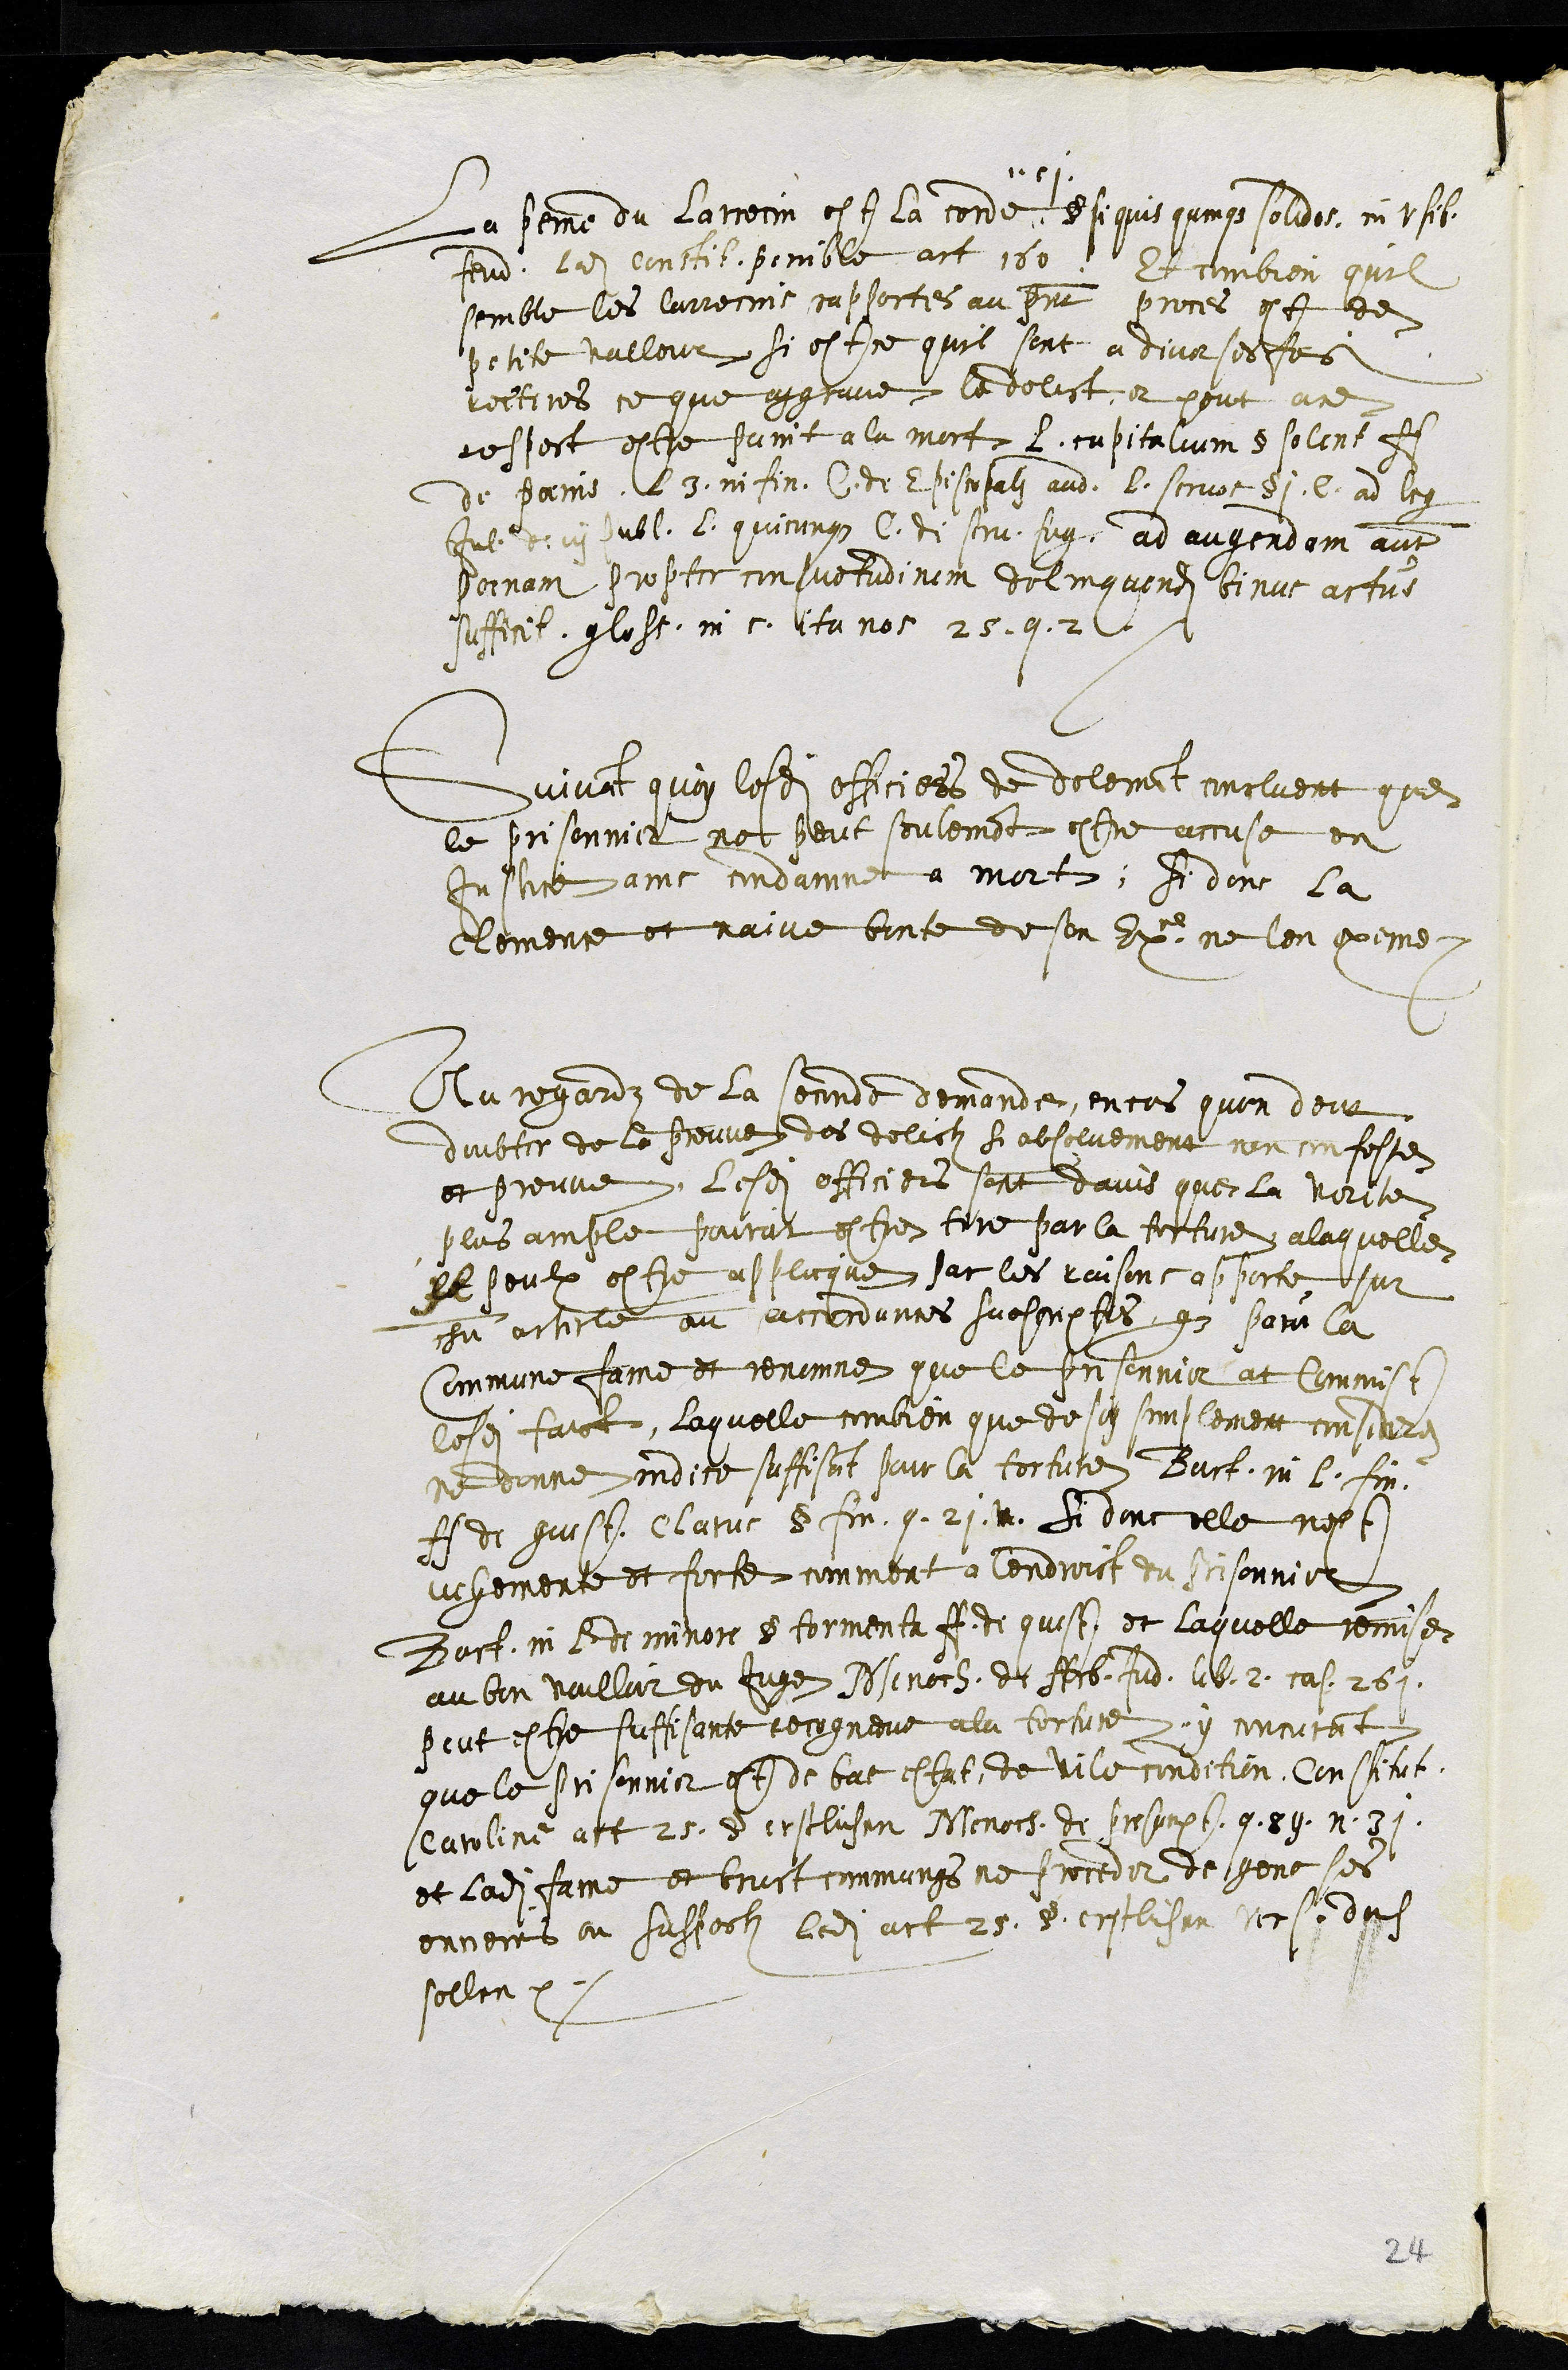
La peine de larrecin est la corde.
1. c j.
§ si quis qumque solidos in usib.
feud. Ladite Constitution penible art. 160 Et combien qu'il
semble les larrecins rapportes au present proces est de
petite vallour si est ce quil sont a diverses fois
reiteres ce que aggrave le delict, et pour a ce
respect estre punit a la mort L. capitulum § solent ff
de poenis l. 3 in fin. C. de Episcopali aud. L. servos § 1. l. ad leg
Jul. de ni publ. L. quicumque C. de secu. sug. ad augendam autem
poenam propter consuetudinem delinquend. binus articulus
sufficit. glose. in c. ita nos 25 q. 2
Suivant quoy lesdits officiers de delemont concluent que
le prisonnier ne peut seulement estre accuse en
Justice ains condanne a mort. Si donc la
Clemence et naive bonte de son Exce ne len exeme
Au regardz de la seconde demande, en cas quon deut
doubter de la preuve des delictz si absoluement non confessez
et preuve, lesdits officiers sont davis que la verite
plus ample pourat estre tire par la torture, a laquelle
Il peulx estre applicque par les raisons apporte, sur
chn article ou accordances suescriptes que pour la
Commune fame et renomme que le prisonnier at commist
lesdits faict, laquelle combien que de soy simplement considere
ne donne indice suffisant pour la torture, Bart. in L. fin.
ff de quest. Clarus § fin. q. 21. Si donc elle nest
uchemente et forte comment a lendroict du prisonnier
Bart. in L. de minore § tormenta ff de quest. et laquelle remise,
au bon voulloir du Juge Menoch. de Arb. Jud. lib. 2 cas. 261.
peut estre suffisante recogneue a la torture y concurant
que le prisonnier est de bas estat, de vile condition, Constitut.
Caroline art 25. der erstlichen Menoch. de presumpt. q. 89. n. 31.
et ladite fame et bruit commungs ne proceder de gens ses
ennemis au suspects ledit act 25. § erstlichen Vers. doch
sollen
24